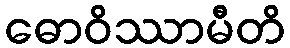
ဓောဝိဿာမီတိ